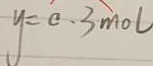
y = 0 . 3 m o l